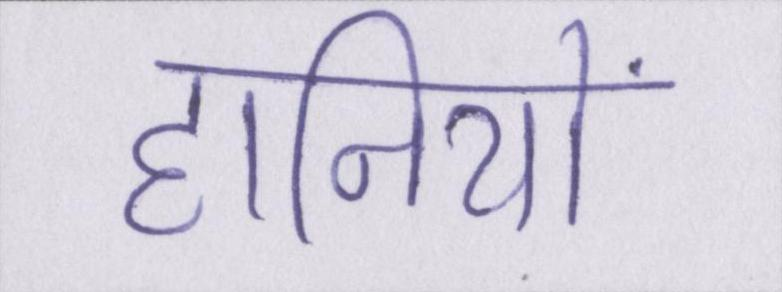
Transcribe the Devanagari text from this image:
हानियों